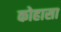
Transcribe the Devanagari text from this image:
कोहासा